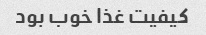
کیفیت غذا خوب بود